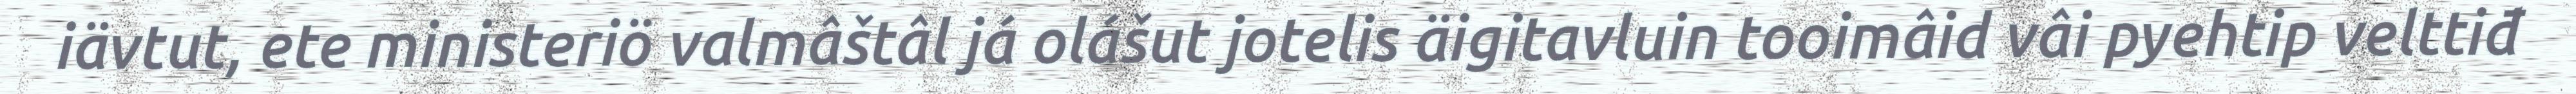
iävtut, ete ministeriö valmâštâl já olášut jotelis äigitavluin tooimâid vâi pyehtip velttiđ